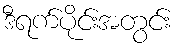
ဒီရက်ပိုင်းအတွင်း